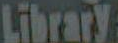
Library